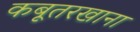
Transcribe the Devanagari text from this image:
कबूतरखाना